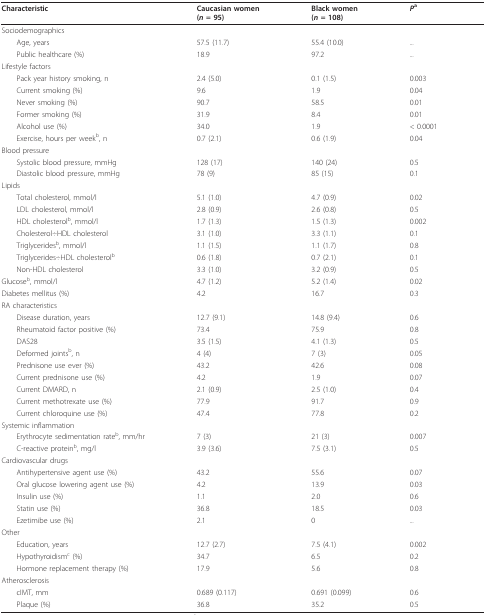
<table><thead><tr><td><b>Characteristic</b></td><td><b>Caucasian women(<i>n </i>= 95)</b></td><td><b>Black women(<i>n </i>= 108)</b></td><td><b><i>P</i><sup>a</sup></b></td></tr></thead><tbody><tr><td>Sociodemographics</td><td></td><td></td><td></td></tr><tr><td> Age, years</td><td>57.5 (11.7)</td><td>55.4 (10.0)</td><td>...</td></tr><tr><td> Public healthcare (%)</td><td>18.9</td><td>97.2</td><td>...</td></tr><tr><td>Lifestyle factors</td><td></td><td></td><td></td></tr><tr><td> Pack year history smoking, n</td><td>2.4 (5.0)</td><td>0.1 (1.5)</td><td>0.003</td></tr><tr><td> Current smoking (%)</td><td>9.6</td><td>1.9</td><td>0.04</td></tr><tr><td> Never smoking (%)</td><td>90.7</td><td>58.5</td><td>0.01</td></tr><tr><td> Former smoking (%)</td><td>31.9</td><td>8.4</td><td>0.01</td></tr><tr><td> Alcohol use (%)</td><td>34.0</td><td>1.9</td><td>&lt; 0.0001</td></tr><tr><td> Exercise, hours per week<sup>b</sup>, n</td><td>0.7 (2.1)</td><td>0.6 (1.9)</td><td>0.04</td></tr><tr><td>Blood pressure</td><td></td><td></td><td></td></tr><tr><td> Systolic blood pressure, mmHg</td><td>128 (17)</td><td>140 (24)</td><td>0.5</td></tr><tr><td> Diastolic blood pressure, mmHg</td><td>78 (9)</td><td>85 (15)</td><td>0.1</td></tr><tr><td>Lipids</td><td></td><td></td><td></td></tr><tr><td> Total cholesterol, mmol/l</td><td>5.1 (1.0)</td><td>4.7 (0.9)</td><td>0.02</td></tr><tr><td> LDL cholesterol, mmol/l</td><td>2.8 (0.9)</td><td>2.6 (0.8)</td><td>0.5</td></tr><tr><td> HDL cholesterol<sup>b</sup>, mmol/l</td><td>1.7 (1.3)</td><td>1.5 (1.3)</td><td>0.002</td></tr><tr><td> Cholesterol÷HDL cholesterol</td><td>3.1 (1.0)</td><td>3.3 (1.1)</td><td>0.1</td></tr><tr><td> Triglycerides<sup>b</sup>, mmol/l</td><td>1.1 (1.5)</td><td>1.1 (1.7)</td><td>0.8</td></tr><tr><td> Triglycerides÷HDL cholesterol<sup>b</sup></td><td>0.6 (1.8)</td><td>0.7 (2.1)</td><td>0.1</td></tr><tr><td> Non-HDL cholesterol</td><td>3.3 (1.0)</td><td>3.2 (0.9)</td><td>0.5</td></tr><tr><td>Glucose<sup>b</sup>, mmol/l</td><td>4.7 (1.2)</td><td>5.2 (1.4)</td><td>0.02</td></tr><tr><td>Diabetes mellitus (%)</td><td>4.2</td><td>16.7</td><td>0.3</td></tr><tr><td>RA characteristics</td><td></td><td></td><td></td></tr><tr><td> Disease duration, years</td><td>12.7 (9.1)</td><td>14.8 (9.4)</td><td>0.6</td></tr><tr><td> Rheumatoid factor positive (%)</td><td>73.4</td><td>75.9</td><td>0.8</td></tr><tr><td> DAS28</td><td>3.5 (1.5)</td><td>4.1 (1.3)</td><td>0.5</td></tr><tr><td> Deformed joints<sup>b</sup>, n</td><td>4 (4)</td><td>7 (3)</td><td>0.05</td></tr><tr><td> Prednisone use ever (%)</td><td>43.2</td><td>42.6</td><td>0.08</td></tr><tr><td> Current prednisone use (%)</td><td>4.2</td><td>1.9</td><td>0.07</td></tr><tr><td> Current DMARD, n</td><td>2.1 (0.9)</td><td>2.5 (1.0)</td><td>0.4</td></tr><tr><td> Current methotrexate use (%)</td><td>77.9</td><td>91.7</td><td>0.9</td></tr><tr><td> Current chloroquine use (%)</td><td>47.4</td><td>77.8</td><td>0.2</td></tr><tr><td>Systemic inflammation</td><td></td><td></td><td></td></tr><tr><td> Erythrocyte sedimentation rate<sup>b</sup>, mm/hr</td><td>7 (3)</td><td>21 (3)</td><td>0.007</td></tr><tr><td> C-reactive protein<sup>b</sup>, mg/l</td><td>3.9 (3.6)</td><td>7.5 (3.1)</td><td>0.5</td></tr><tr><td>Cardiovascular drugs</td><td></td><td></td><td></td></tr><tr><td> Antihypertensive agent use (%)</td><td>43.2</td><td>55.6</td><td>0.07</td></tr><tr><td> Oral glucose lowering agent use (%)</td><td>4.2</td><td>13.9</td><td>0.03</td></tr><tr><td> Insulin use (%)</td><td>1.1</td><td>2.0</td><td>0.6</td></tr><tr><td> Statin use (%)</td><td>36.8</td><td>18.5</td><td>0.03</td></tr><tr><td> Ezetimibe use (%)</td><td>2.1</td><td>0</td><td>...</td></tr><tr><td>Other</td><td></td><td></td><td></td></tr><tr><td> Education, years</td><td>12.7 (2.7)</td><td>7.5 (4.1)</td><td>0.002</td></tr><tr><td> Hypothyroidism<sup>c </sup>(%)</td><td>34.7</td><td>6.5</td><td>0.2</td></tr><tr><td> Hormone replacement therapy (%)</td><td>17.9</td><td>5.6</td><td>0.8</td></tr><tr><td>Atherosclerosis</td><td></td><td></td><td></td></tr><tr><td> cIMT, mm</td><td>0.689 (0.117)</td><td>0.691 (0.099)</td><td>0.6</td></tr><tr><td> Plaque (%)</td><td>36.8</td><td>35.2</td><td>0.5</td></tr></tbody></table>